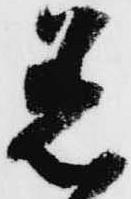
著